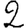
Digit: 2